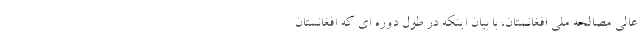
عالی مصالحه ملی افغانستان، با بیان اینکه در طول دوره ای که افغانستان